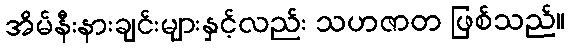
အိမ်နီးနားချင်းများနှင့်လည်း သဟဇာတ ဖြစ်သည်။